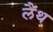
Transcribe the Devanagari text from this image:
लैंथ